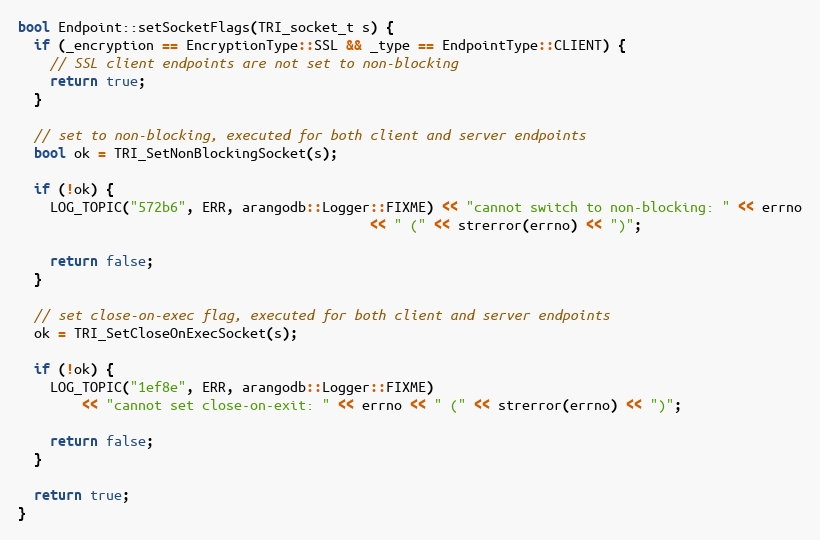
Language: C++
bool Endpoint::setSocketFlags(TRI_socket_t s) {
  if (_encryption == EncryptionType::SSL && _type == EndpointType::CLIENT) {
    // SSL client endpoints are not set to non-blocking
    return true;
  }

  // set to non-blocking, executed for both client and server endpoints
  bool ok = TRI_SetNonBlockingSocket(s);

  if (!ok) {
    LOG_TOPIC("572b6", ERR, arangodb::Logger::FIXME) << "cannot switch to non-blocking: " << errno
                                            << " (" << strerror(errno) << ")";

    return false;
  }

  // set close-on-exec flag, executed for both client and server endpoints
  ok = TRI_SetCloseOnExecSocket(s);

  if (!ok) {
    LOG_TOPIC("1ef8e", ERR, arangodb::Logger::FIXME)
        << "cannot set close-on-exit: " << errno << " (" << strerror(errno) << ")";

    return false;
  }

  return true;
}